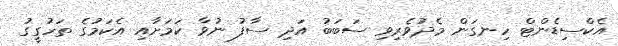
އެކްސިޑެންޓް ހިނގަން މެދުވެރިވި ސަބަބު އަދި ސާފު ނުވާ ކަމަށާއި އެކަމުގެ ތަހުގީގު